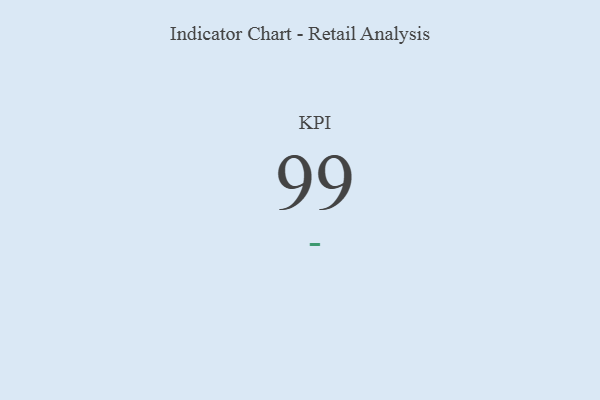
{"axis": {"x": "KPI", "y": "Value"}, "legend": [""], "data": [{"x": "KPI", "y": 99, "type": ""}]}